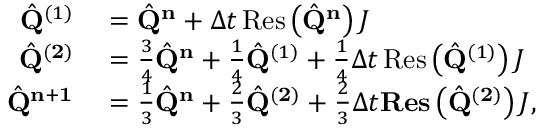
\begin{array} { r l } { \hat { \mathbf { Q } } ^ { ( 1 ) } } & { { } = \hat { \mathbf { Q } } ^ { \mathbf { n } } + \Delta t \operatorname { R e s } \left( \hat { \mathbf { Q } } ^ { \mathbf { n } } \right) J } \\ { \hat { \mathbf { Q } } ^ { ( \mathbf { 2 } ) } } & { { } = \frac { 3 } { 4 } \hat { \mathbf { Q } } ^ { \mathbf { n } } + \frac { 1 } { 4 } \hat { \mathbf { Q } } ^ { ( 1 ) } + \frac { 1 } { 4 } \Delta t \operatorname { R e s } \left( \hat { \mathbf { Q } } ^ { ( 1 ) } \right) J } \\ { \hat { \mathbf { Q } } ^ { \mathbf { n } + \mathbf { 1 } } } & { { } = \frac { 1 } { 3 } \hat { \mathbf { Q } } ^ { \mathbf { n } } + \frac { 2 } { 3 } \hat { \mathbf { Q } } ^ { ( \mathbf { 2 } ) } + \frac { 2 } { 3 } \Delta t \mathbf { R e s } \left( \hat { \mathbf { Q } } ^ { ( \mathbf { 2 } ) } \right) J , } \end{array}